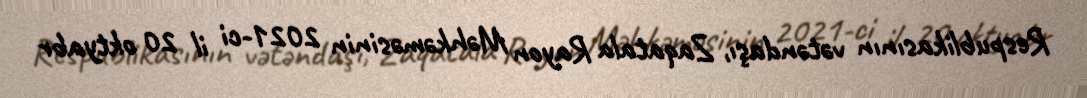
Respublikasının vətəndaşı, Zaqatala Rayon Məhkəməsinin 2021-ci il 20 oktyabr